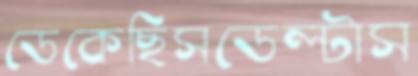
ডেকেছিসডেল্টাস